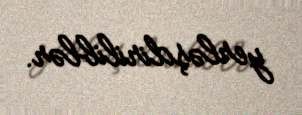
yerləşdiriliblər.